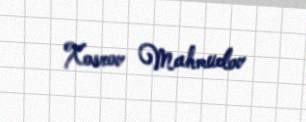
Xosrov Mahmudov